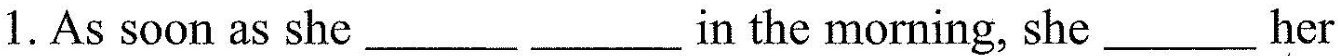
1. As soon as she ___ ___ in the morning, she ___ her